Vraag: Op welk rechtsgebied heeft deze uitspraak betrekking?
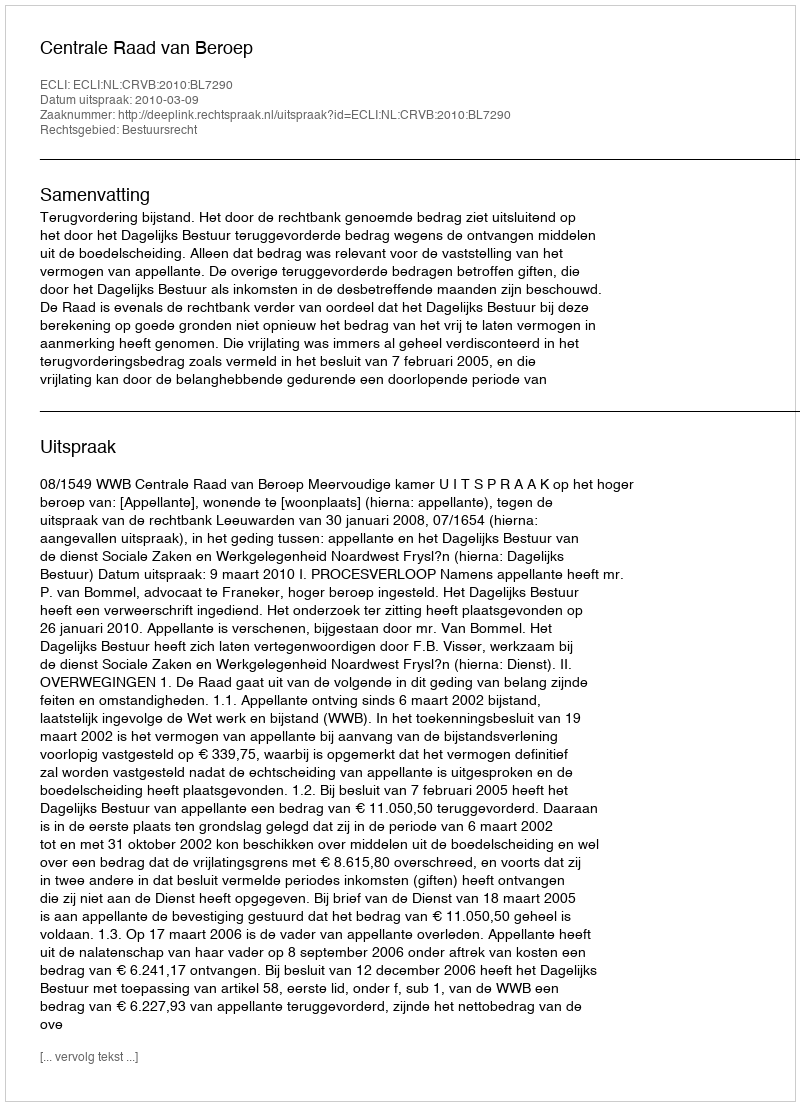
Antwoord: Bestuursrecht